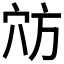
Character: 𫁊